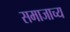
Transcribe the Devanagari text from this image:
समाजाच्य